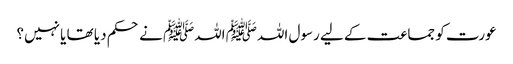
عورت کو جماعت کے لیے رسول اللہﷺ اللہﷺ نے حکم دیا تھا یا نہیں؟